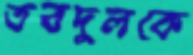
তবদুলকে